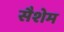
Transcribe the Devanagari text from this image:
सैशेम